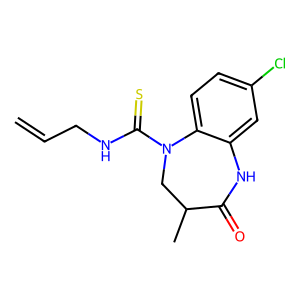
SMILES: C=CCNC(=S)N1CC(C)C(=O)Nc2cc(Cl)ccc21
Inhibits HIV replication: No